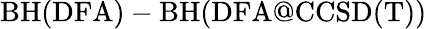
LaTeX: \mathrm{BH(DFA)}-\mathrm{BH(DFA@CCSD(T))}